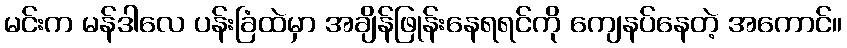
မင်းက မန်ဒါလေ ပန်းခြံထဲမှာ အချိန်ဖြုန်းနေရရင်ကို ကျေနပ်နေတဲ့ အကောင်။